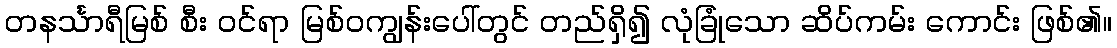
တနင်္သာရီမြစ် စီး ဝင်ရာ မြစ်ဝကျွန်းပေါ်တွင် တည်ရှိ၍ လုံခြုံသော ဆိပ်ကမ်း ကောင်း ဖြစ်၏။